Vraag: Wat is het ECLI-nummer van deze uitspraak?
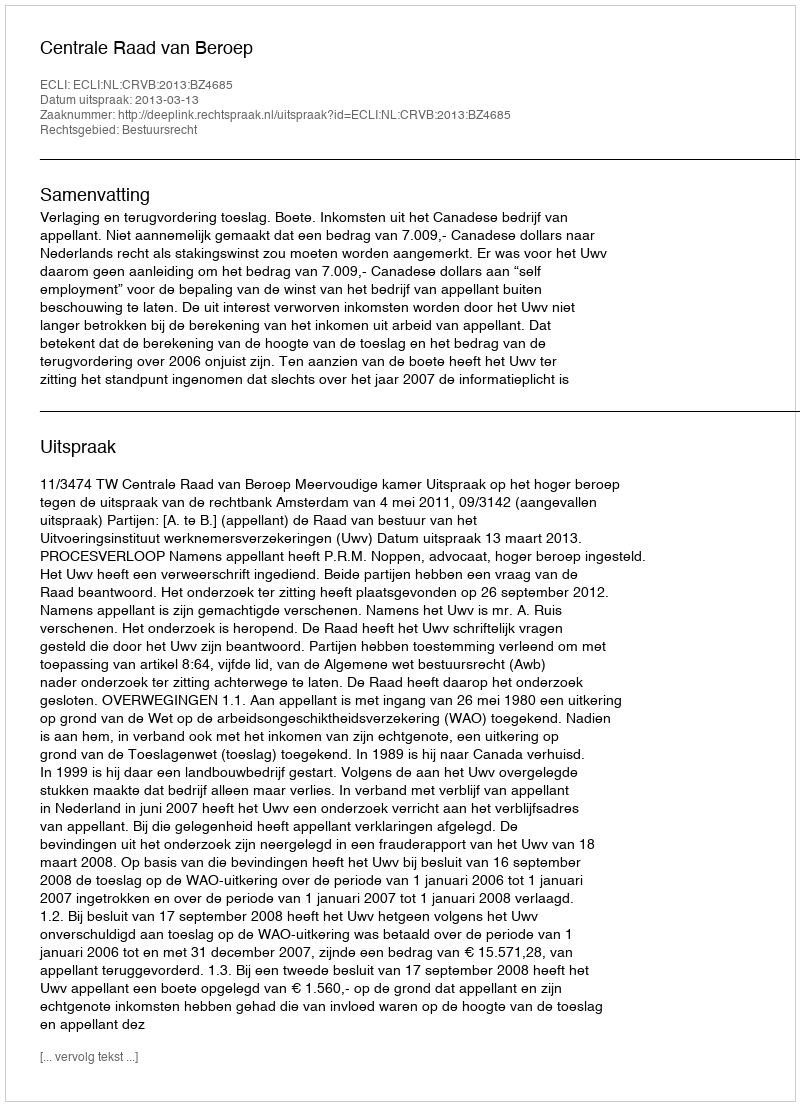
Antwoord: ECLI:NL:CRVB:2013:BZ4685